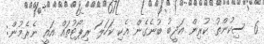
6 ސިކުންތު ކުރިން އަދީބު ބުނެގެން އެކި ކަހަލަ ރިޕޯޓުތައް އައީ ނެރެމުން: